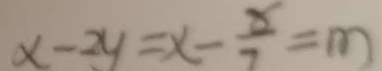
x - 2 y = x - \frac { 8 } { 7 } = m